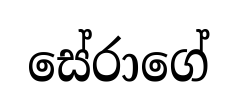
සේරාගේ